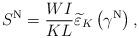
LaTeX: \begin{align*}{S^{\rm{N}}} = \frac{{WI}}{{KL}}{\widetilde \varepsilon _K}\left( {{\gamma ^{\rm{N}}}} \right),\end{align*}